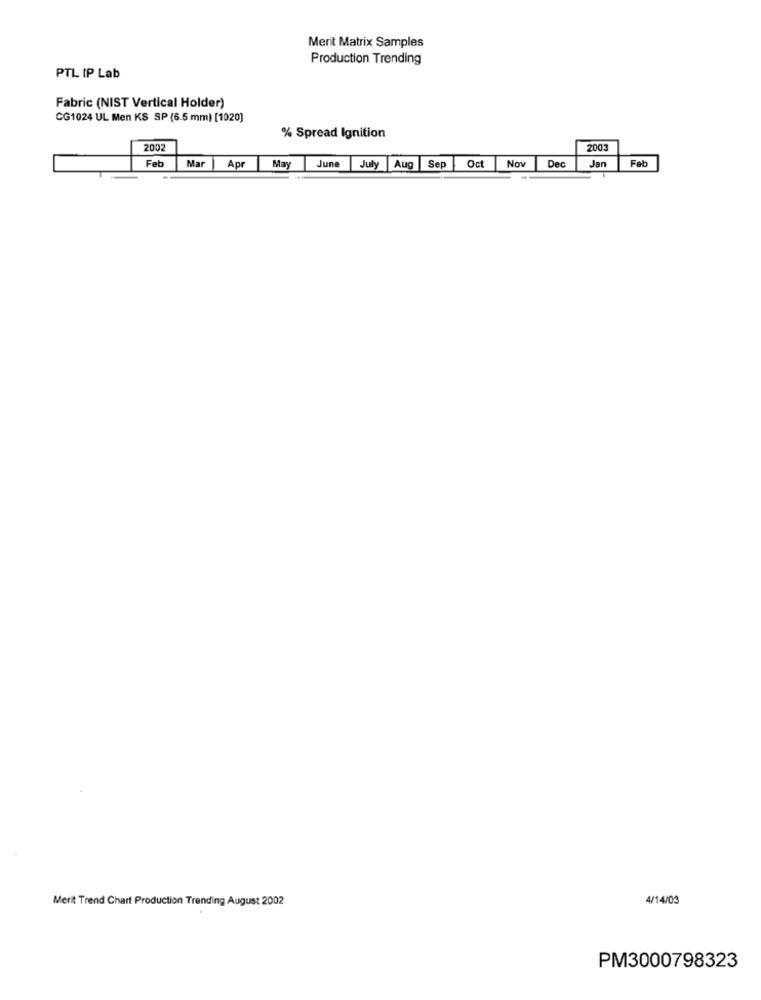
Merit Matrix Samples
Production Trending
PTL IP Lab
Fabric (NIST Vertical Holder)
CG1024 UL Men KS SP (6.5 mm) [1020]
% Spread Ignition
2002
2003
Feb
Mar
Oct
Nov
Dec
Jan
Feb
Apr
May
June
July
Aug
Sep
Merit Trend Chart Production Trending August 2002
4/14/03
PM3000798323